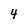
Character: 4